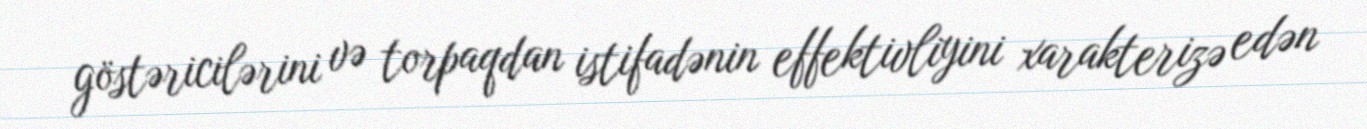
göstəricilərini və torpaqdan istifadənin effektivliyini xarakterizə edən